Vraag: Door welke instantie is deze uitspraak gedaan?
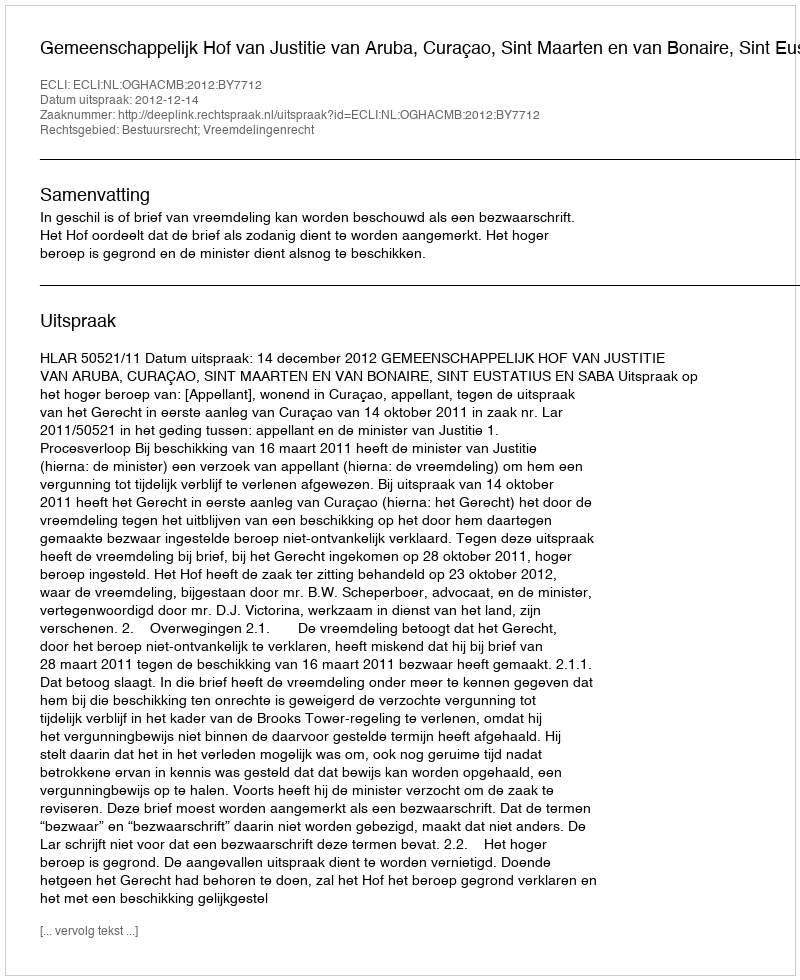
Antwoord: Gemeenschappelijk Hof van Justitie van Aruba, Curaçao, Sint Maarten en van Bonaire, Sint Eustatius en Saba